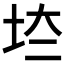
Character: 𡊌